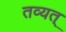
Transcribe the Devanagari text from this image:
तव्यत्